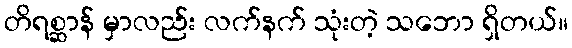
တိရစ္ဆာန် မှာလည်း လက်နက် သုံးတဲ့ သဘော ရှိတယ်။